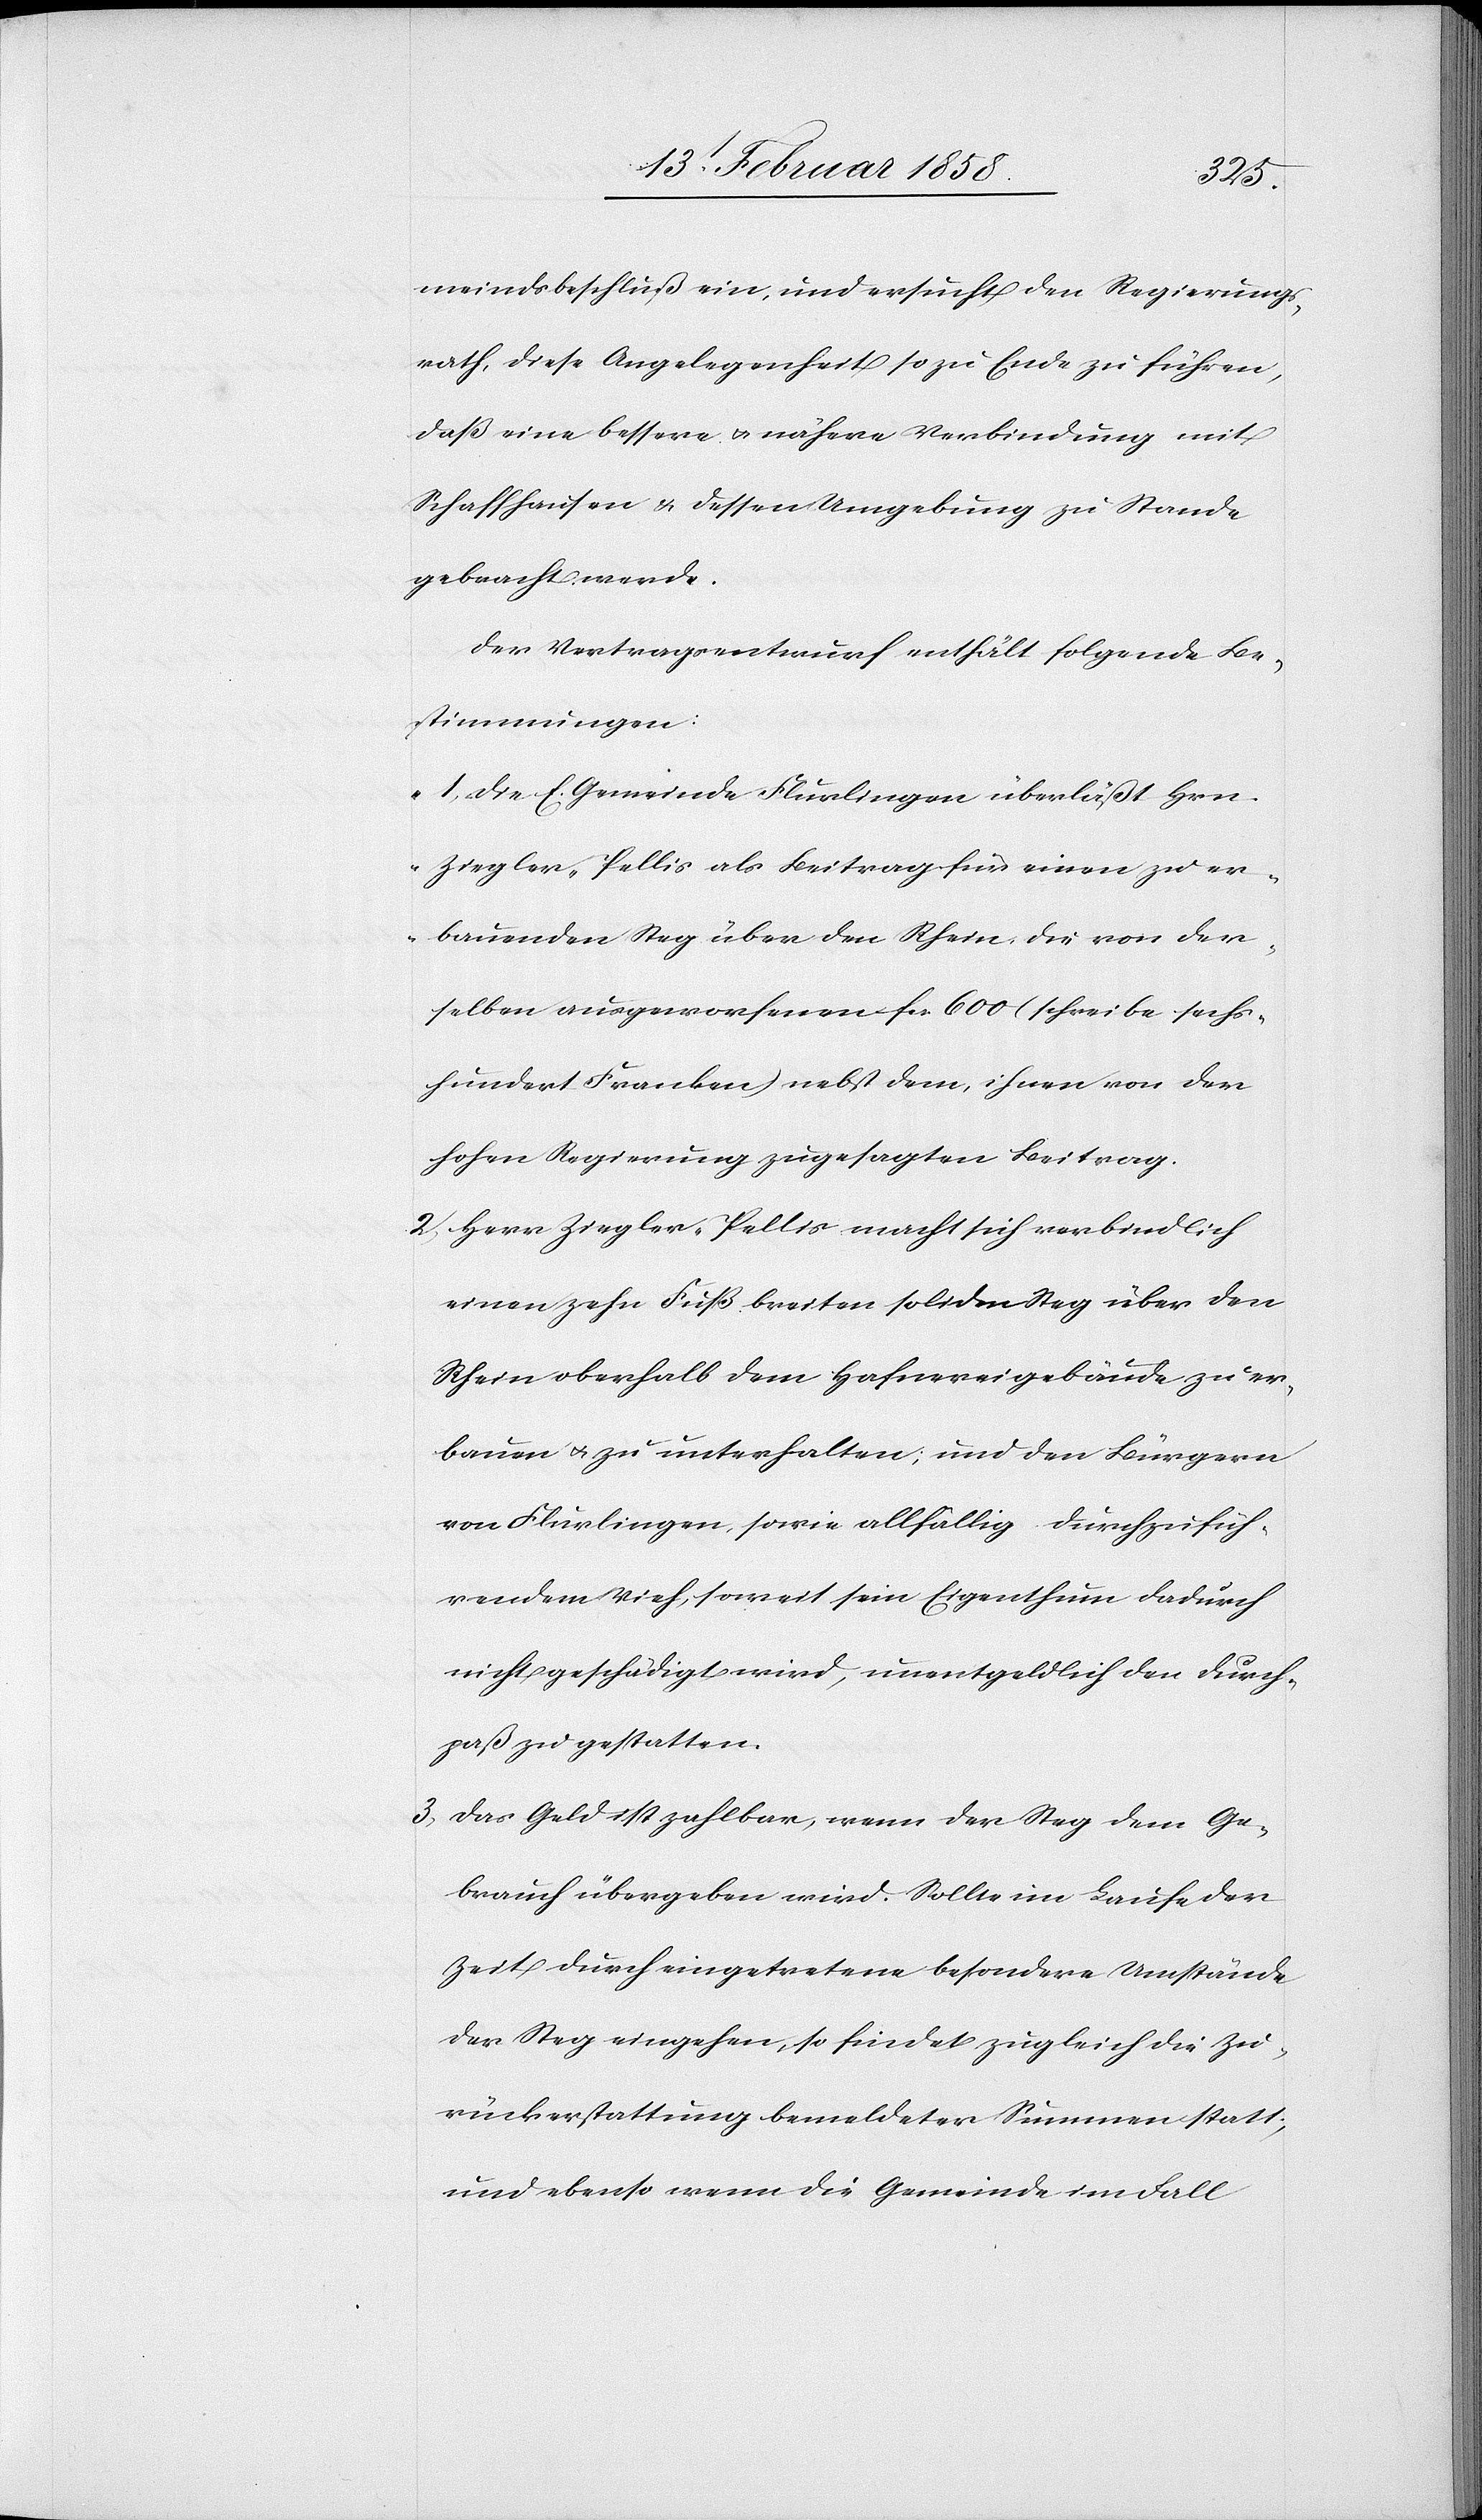
meindsbeschluß ein, und ersucht den Regierungs¬
rath, diese Angelegenheit so zu Ende zu führen,
daß eine bessere u. nähere Verbindung mit
Schaffhaussen u. dessen Umgebung zu Stande
gebracht werde.
Der Vertragsentwurf enthält folgende Be¬
stimmungen:
„1. Die E. Gemeinde Flurlingen überläßt Hrn.
Ziegler-Pellis als Beitrag für einen zu er¬
bauenden Steg über den Rhein die von der¬
selben ausgeworfenen fcs. 600 (schreibe sechs¬
hundert Franken) nebst dem, ihnen von der
hohen Regierung zugesagten Beitrag.
2. Herr Ziegler-Pellis macht sich verbindlich
einen zehn Fuß breiten soliden Steg über den
Rhein oberhalb dem Hafnereigebäude zu er¬
bauen u. zu unterhalten, und den Bürgern
von Flurlingen, sowie allfällig durchzufüh¬
rendem Vieh, soweit sein Eigenthum dadurch
nicht geschädigt wird, unentgeldlich den Durch¬
paß zu gestatten.
3. Das Geld ist zahlbar, wenn der Steg dem Ge¬
brauch übergeben wird. Sollte im Laufe der
Zeit durch eingetretene besondere Umstände
der Weg eingehen, so findet zugleich die Zu¬
rückerstattung bemeldeter Summen statt;
und ebenso wenn die Gemeinde im Fall